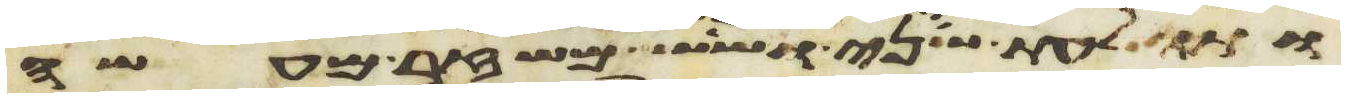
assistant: ותולעת שני ושש משזר מעשה